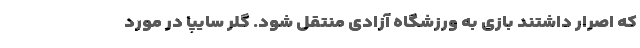
که اصرار داشتند بازی به ورزشگاه آزادی منتقل شود. گلر سایپا در مورد